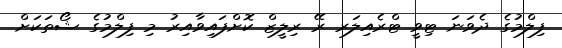
ފިލްމުގެ ދެވަނަ ޓިވީ ޓްރެއިލަރ ރޭ ރިލީޒް ކޮށްފައިވާއިރު މި ފިލްމުގެ ޝޯތަކަށް